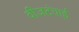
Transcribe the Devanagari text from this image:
वीजटंचाई